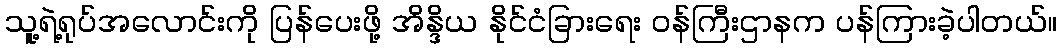
သူ့ရဲ့ရုပ်အလောင်းကို ပြန်ပေးဖို့ အိန္ဒိယ နိုင်ငံခြားရေး ဝန်ကြီးဌာနက ပန်ကြားခဲ့ပါတယ်။